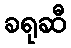
ခရုဆီ